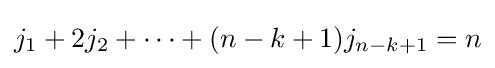
j_{1}+2j_{2}+\cdots +(n-k+1)j_{n-k+1}=n